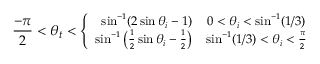
\small \frac { - \pi } { 2 } < \theta _ { t } < \left\{ \begin{array} { r c r } { \sin ^ { - 1 } ( 2 \sin \theta _ { i } - 1 ) } & { 0 < \theta _ { i } < \sin ^ { - 1 } ( 1 / 3 ) } \\ { \sin ^ { - 1 } \left( \frac { 1 } { 2 } \sin \theta _ { i } - \frac { 1 } { 2 } \right) } & { \sin ^ { - 1 } ( 1 / 3 ) < \theta _ { i } < \frac { \pi } { 2 } } \end{array} \right.